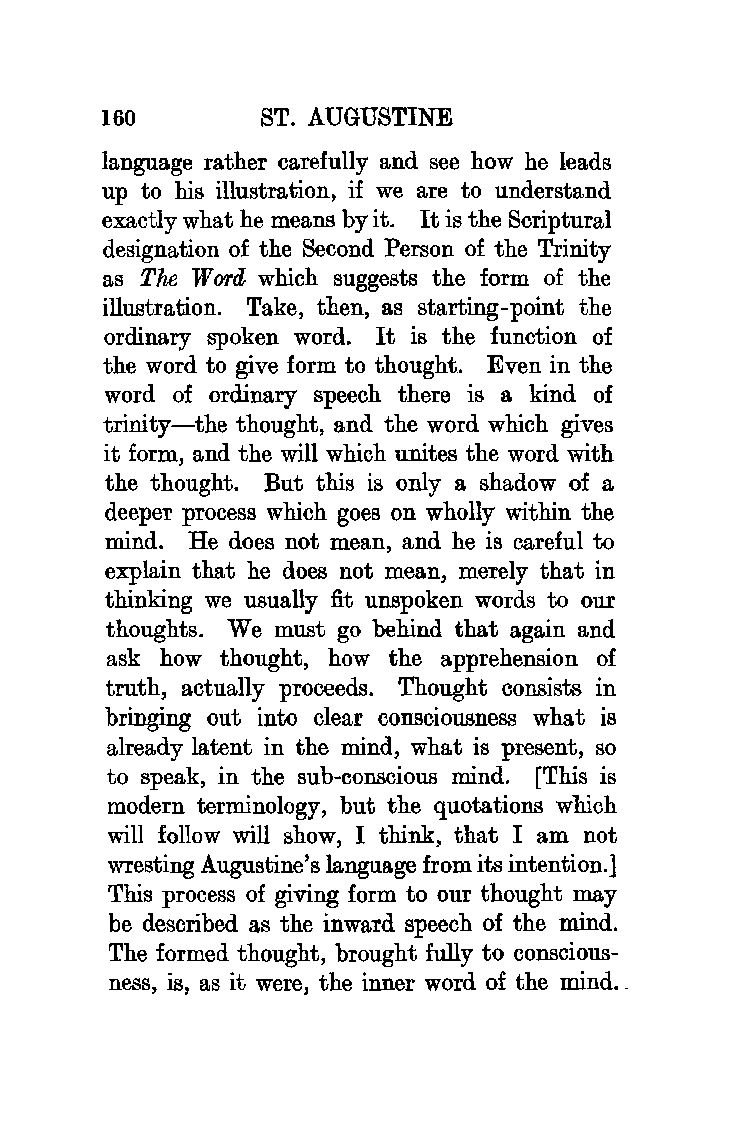
160       ST. AUGUSTINE
 language rather carefully and see how he leads
 up to his illustration, if we are to understand
 exactly what he means by it. It is the Scriptural
 designation of the Second Person of the Trinity
 as The WO Td which suggests the form of the
 illustration. Take, then, as starting-point the
 ordinary spoken word. It is the function of
 the word to give form to thought. Even in the
 word of ordinary speech there is a kind of
 trinity-the thought, and the word which gives
 it form, and the will which unites the word with
 the thought. But this is only a shadow of a
 deeper process which goes on wholly within the
 mind. He does not mean, and he is careful to
 explain that he does not mean, merely that in
 thinking we usually fit unspoken words to our
 thoughts. We must go behind that again and
 ask how thought, how the apprehension of
 truth, actually proceeds. Thought consists in
 bringing out into clear consciousness what is
 already latent in the mind, what is present, so
 to speak, in the sub-conscious mind. [This is
 modern terminology, but the quotations which
 will follow will show, I think, that I am not
 wresting Augustine's language from its intention.]
 This process of giving form to our thought may
 be described as the inward speech of the mind.
 The formed thought, brought fully to conscious
 ness, is, as it were, the inner word of the mind ..